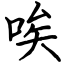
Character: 唉